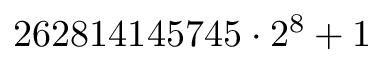
2 6 2 8 1 4 1 4 5 7 4 5 \cdot 2 ^ { 8 } + 1